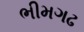
ભીમગઢ